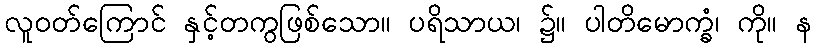
လူဝတ်ကြောင် နှင့်တကွဖြစ်သော။ ပရိသာယ၊ ၌။ ပါတိမောက္ခံ၊ ကို။ န